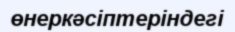
өнеркәсіптеріндегі